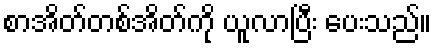
စာအိတ်တစ်အိတ်ကို ယူလာပြီး ပေးသည်။